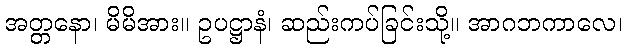
အတ္တနော၊ မိမိအား။ ဥပဋ္ဌာနံ၊ ဆည်းကပ်ခြင်းသို့။ အာဂဘကာလေ၊